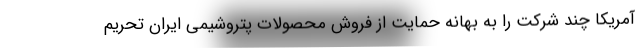
آمریکا چند شرکت را به بهانه حمایت از فروش محصولات پتروشیمی ایران تحریم